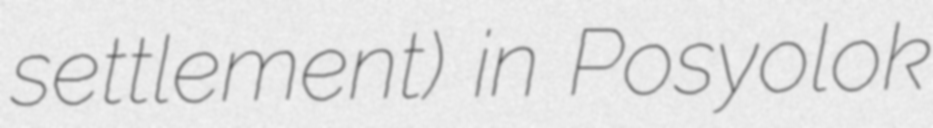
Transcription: settlement) in Posyolok